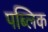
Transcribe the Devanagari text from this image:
पब्‍लिक